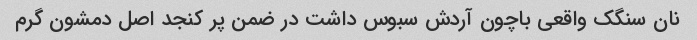
نان سنگک واقعی باچون آردش سبوس داشت در ضمن پر کنجد اصل دمشون گرم